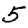
Digit: 5